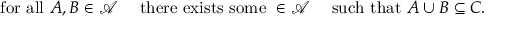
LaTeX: { \mathrm { ~ f o r ~ a l l ~ } } A , B \in { \mathcal { A } } \quad { \mathrm { ~ t h e r e ~ e x i s t s ~ s o m e ~ } } \in { \mathcal { A } } \quad { \mathrm { ~ s u c h ~ t h a t ~ } } A \cup B \subseteq C .